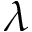
\lambda